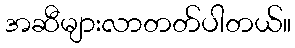
အဆီများလာတတ်ပါတယ်။